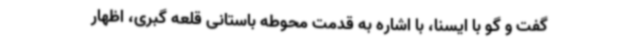
گفت و گو با ایسنا، با اشاره به قدمت محوطه باستانی قلعه گبری، اظهار